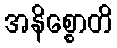
အနိစ္စောတိ